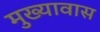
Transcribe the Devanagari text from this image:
मुख्यावास